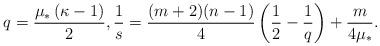
LaTeX: \begin{align*} q=\frac {\mu_\ast\left(\kappa-1\right)}2 , \frac 1 s= \frac{(m+2)(n-1)}4 \left( \frac 1 2 -\frac 1 q\right) +\frac m {4 \mu_\ast}. \end{align*}